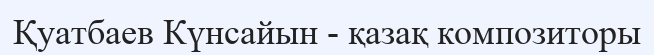
Қуатбаев Күнсайын - қазақ композиторы